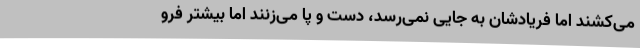
می‌کشند اما فریادشان به جایی نمی‌رسد، دست و پا می‌زنند اما بیشتر فرو